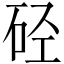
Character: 硁